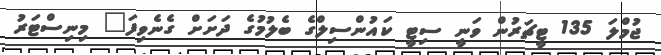
ޖުމްލަ 135 ޓީޗަރުން ވަނީ ސިޓީ ކައުންސިލްގެ ބެލުމުގެ ދަށަށް ގެނެވިފަ" މިނިސްޓަރު